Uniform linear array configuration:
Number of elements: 16
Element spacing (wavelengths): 0.75
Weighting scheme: hamming
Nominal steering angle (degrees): -60
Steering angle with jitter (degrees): -59.397
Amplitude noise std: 0.05
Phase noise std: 0.05

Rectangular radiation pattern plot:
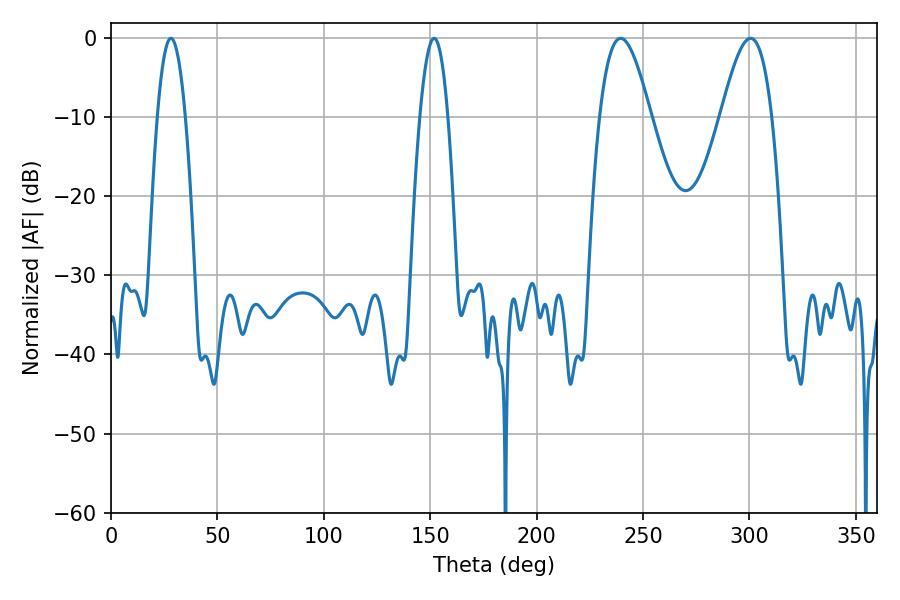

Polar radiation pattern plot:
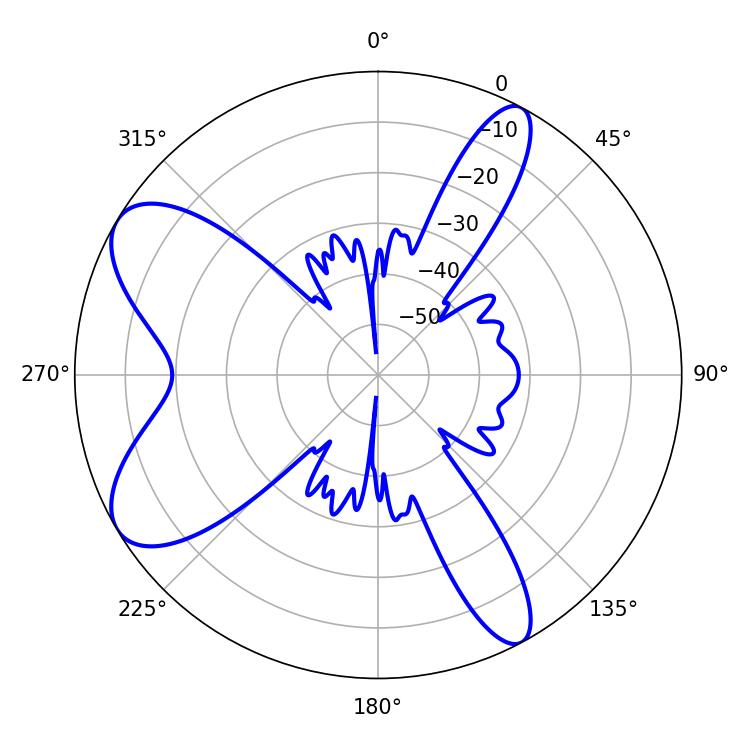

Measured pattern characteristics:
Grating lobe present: TRUE
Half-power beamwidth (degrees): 12.96
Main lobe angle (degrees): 239.4